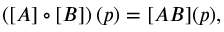
\begin{array} { r } { \left( [ A ] \circ [ B ] \right) ( p ) = [ A B ] ( p ) , } \end{array}